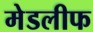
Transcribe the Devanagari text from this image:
मेडलीफ